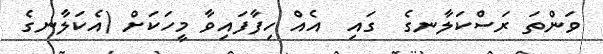
ވަންތަ ރަސްކަލާނގެ  ގައި  އެއް ހިފާފައިވާ މީހަކަށް (އެކަލާނގެ